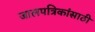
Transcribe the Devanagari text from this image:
जालपत्रिकांसाठी